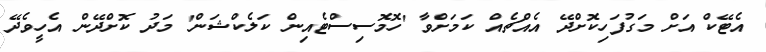
އެޓޭކް އަށް މަގުފަހިކޮށްދޭ އެއްޗެއް ކަމަށްވާ 'ހޮމޮސިސްޓެއިން ކަލެކްޝަން' މަދު ކޮށްދޭން އެހީވެދޭ